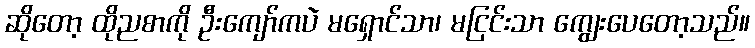
ဆိုတော့ ထိုညစာကို ဦးကျော်ကပဲ မရှောင်သာ၊ မငြင်းသာ ကျွေးပေတော့သည်။